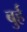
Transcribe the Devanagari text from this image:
बुर्ह